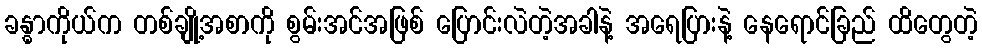
ခန္ဓာကိုယ်က တစ်ချို့အစာကို စွမ်းအင်အဖြစ် ပြောင်းလဲတဲ့အခါနဲ့ အရေပြားနဲ့ နေရောင်ခြည် ထိတွေတဲ့